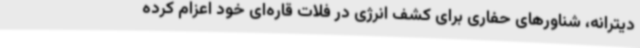
دیترانه، شناورهای حفاری برای کشف انرژی در فلات قاره‌ای خود اعزام کرده